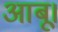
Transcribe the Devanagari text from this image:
आबू।